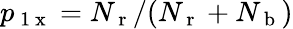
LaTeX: p_{\mathrm{~1~x~}}=N_{\mathrm{~r~}}/(N_{\mathrm{~r~}}+N_{\mathrm{~b~}})